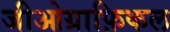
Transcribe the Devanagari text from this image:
जीओग्राफ़िकल